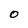
Character: O